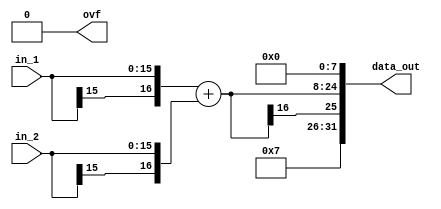
`timescale 1ns / 1ps

//////////////////////////////////////////////////////////////////////////////////
// Design Name: FM SYNTHESIZER
//
// Description: 
//////////////////////////////////////////////////////////////////////////////////

module fixed_point_adder #
    (
    parameter   WI_1    = 8,
    parameter   WF_1    = 8,
    parameter   WI_2    = 8,
    parameter   WF_2    = 8,
    parameter   WI_O    = 16,
    parameter   WF_O    = 16
    )
    (
    input   wire    [WI_1+WF_1-1:0] in_1,
    input   wire    [WI_2+WF_2-1:0] in_2,
    output  reg     [WI_O+WF_O-1:0] data_out,
    output  reg                     ovf
    );

    // Establish number integer and fraction bits
    localparam  I_BITS  = WI_1>WI_2 ? WI_1 : WI_2;
    localparam  F_BITS  = WF_1>WF_2 ? WF_1 : WF_2;

    // Calculate difference between input integer and fraction bits
    localparam  I_DIFF  = WI_1>WI_2 ? WI_1-WI_2 : WI_2-WI_1;
    localparam  F_DIFF  = WF_1>WF_2 ? WF_1-WF_2 : WF_2-WF_1;

    // Internal signals
    wire    [I_BITS-1:0]        int_1;
    wire    [I_BITS-1:0]        int_2;
    wire    [F_BITS-1:0]        frac_1;
    wire    [F_BITS-1:0]        frac_2;
    wire    [I_BITS:0]          i_out;
    wire    [F_BITS-1:0]        f_out;
    wire    [I_BITS+F_BITS:0]   input_1;
    wire    [I_BITS+F_BITS:0]   input_2;
    wire    [I_BITS+F_BITS:0]   result;

    // This logic aligns the integer field of the inputs by sign extending the smaller input
    assign  int_1   = WI_1>WI_2 ? in_1[WI_1+WF_1-1:WF_1] : {{I_DIFF{in_1[WI_1+WF_1-1]}}, in_1[WI_1+WF_1-1:WF_1]};
    assign  int_2   = WI_2>WI_1 ? in_2[WI_2+WF_2-1:WF_2] : {{I_DIFF{in_2[WI_2+WF_2-1]}}, in_2[WI_2+WF_2-1:WF_2]};
    
    // This logic aligns the fraction field of the inputs by adding 0's to the smaller input
    assign  frac_1  = WF_1>WF_2 ? in_1[WF_1-1:0] : {in_1[WF_1-1:0], {F_DIFF{1'b0}}};
    assign  frac_2  = WF_2>WF_1 ? in_2[WF_2-1:0] : {in_2[WF_2-1:0], {F_DIFF{1'b0}}};
    
    // This concatenates the integer and fraction parts, aligning the inputs
    assign  input_1 = {{1{int_1[I_BITS-1]}}, int_1, frac_1};
    assign  input_2 = {{1{int_2[I_BITS-1]}}, int_2, frac_2};
    
    // This calculates the output and separates the integer and fraction fields
    assign  result  = input_1 + input_2;
    assign  {i_out, f_out} = result;

    always @(*)
    begin
        ovf = 1'b0;

        // If the desired integer bits are greater than the result then
        // sign extend the result to provide the additional bits, no overflow
        if (WI_O >= I_BITS+1)
            data_out[WI_O+WF_O-1:WF_O] = {{WI_O-(I_BITS+1'b1),{i_out[I_BITS]}}, i_out};

        // If the requested integer bits match the result, the pass the result.
        // If an overflow occurs then the wrapped value is passed through
        else if (WI_O == I_BITS)
        begin
            data_out[WI_O+WF_O-1:WF_O] = {i_out[I_BITS], i_out[I_BITS-2:0]};
            ovf = (in_1[WI_1+WF_1-1] && in_2[WI_2+WF_2-1] && ~result[I_BITS+F_BITS-1]) ||
                  (~in_1[WI_1+WF_1-1] && ~in_2[WI_2+WF_2-1] && result[I_BITS+F_BITS-1]) ?
                  1'b1 : 1'b0;
        end

        // If the requested integer bits are less than keep the sign bit and pass the
        // wrapped value through. If an overflow occurs than assert overflow flag
        else
        begin
            if (i_out[I_BITS] && ~&i_out[I_BITS-1:WI_O-1])
                ovf = 1'b1;

            else if(~i_out[I_BITS] && |i_out[I_BITS-1:WI_O-1])
                ovf = 1'b1;

            if (WI_O > 1)
                data_out[WI_O+WF_O-1:WF_O] = {i_out[I_BITS], i_out[WI_O-2:0]};
                
            else
                data_out[WI_O+WF_O-1:WF_O] = i_out[I_BITS];
        end

        // If the requested fraction bits are greater than the result
        // then add 0's to the end of the result
        if (WF_O >= F_BITS)
            data_out[WF_O-1:0] = {f_out, {WF_O-F_BITS{1'b0}}};

        // If the requested fraction bits match the result then pass
        // the result
        else if (WF_O == F_BITS)
            data_out[WF_O-1:0] = f_out;

        // If the requested fraction bits are less the the result then
        // truncate the bits from LSB up.
        else
            data_out[WF_O-1:0] = f_out[F_BITS-1:F_BITS-WF_O];
    end
endmodule